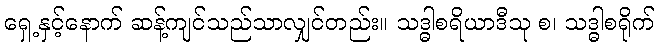
ရှေ့နှင့်နောက် ဆန့်ကျင်သည်သာလျှင်တည်း။ သဒ္ဓါစရိယာဒီသု စ၊ သဒ္ဓါစရိုက်